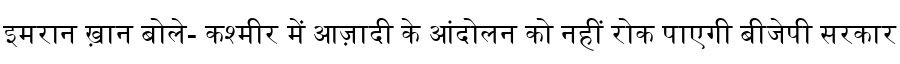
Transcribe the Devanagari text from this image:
इमरान ख़ान बोले- कश्मीर में आज़ादी के आंदोलन को नहीं रोक पाएगी बीजेपी सरकार